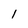
Character: 1